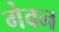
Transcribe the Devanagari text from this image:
गेवन